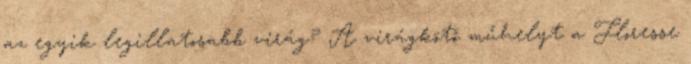
az egyik legillatosabb virág? A virágkötő műhelyt a Floresse